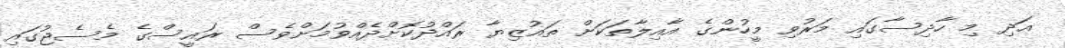
އަދި މި ހާދިސާގައި މަރުވި މީހުންގެ އާއިލާތަކަށް ތައުޒިޔާ ރައްދުކޮށްދެއްވުމަށްވެސް ރައީސްގެ މެސެޖުގައި